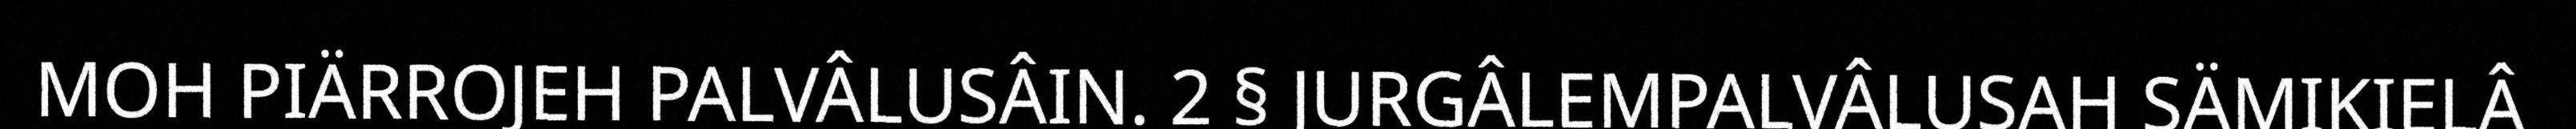
MOH PIÄRROJEH PALVÂLUSÂIN. 2 § JURGÂLEMPALVÂLUSAH SÄMIKIELÂ